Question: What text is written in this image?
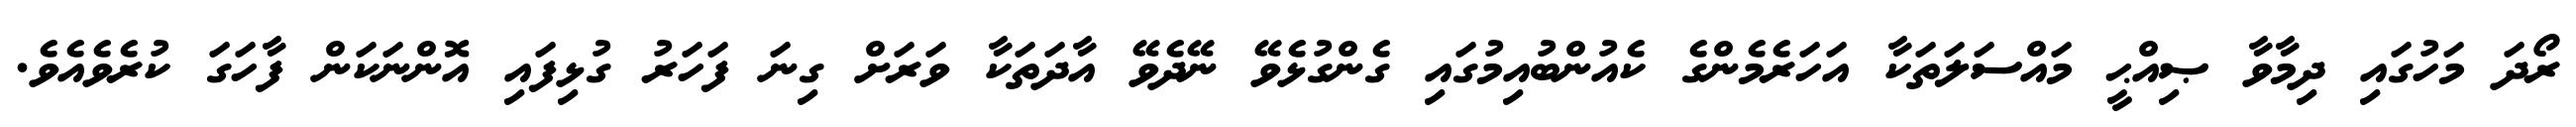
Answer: ރޯދަ މަހުގައި ދިމާވާ ޞިއްޙީ މައްސަލަތަކާ އަހަރެމެންގެ ކެއުންބުއިމުގައި ގެންގުޅެވޭ ނޭދެވޭ އާދަތަކާ ވަރަށް ގިނަ ފަހަރު ގުޅިފައި އޮންނަކަން ފާހަގަ ކުރެވެއެވެ.